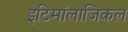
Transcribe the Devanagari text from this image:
इटिमाँलाजिकल